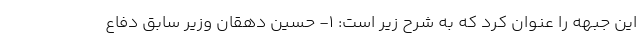
این جبهه را عنوان کرد که به شرح زیر است: ۱- حسین دهقان وزیر سابق دفاع